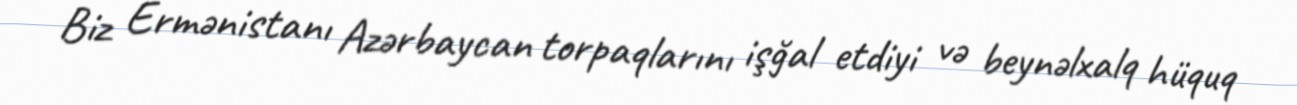
Biz Ermənistanı Azərbaycan torpaqlarını işğal etdiyi və beynəlxalq hüquq